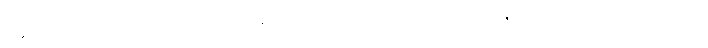
မစ္ဆရိယေန စ၊ မစ္ဆရိယလျှင် ခုနစ်ခုမြောက်ရှိသော သံယောဇဉ်ကို ဟောရာဖြစ်သော